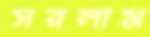
সরলাম